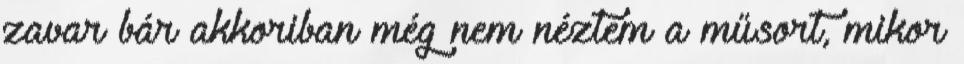
zavar bár akkoriban még nem néztem a műsort, mikor